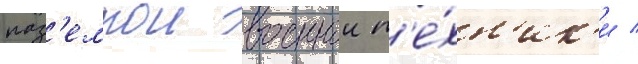
наз'емнои военнои т'е́хн'ик'и /